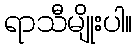
ရာသီမျိုးပါ။